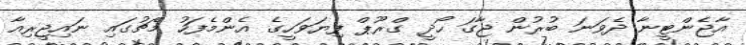
އާޖެންޓީނާ ދެވަނަ ބުރުން ޖާގަ ހޯދީ ގްރޫޕް ފިޔަވަހީގެ އެންމެފަހު މެޗުގައި ނައިޖީރިއާ